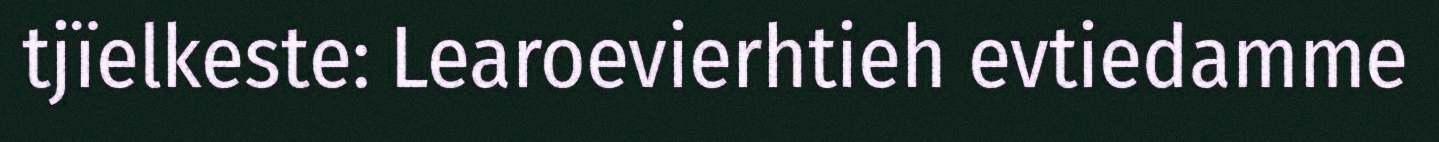
tjïelkeste: Learoevierhtieh evtiedamme